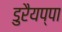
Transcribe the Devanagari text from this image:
डुरैयप्पा